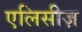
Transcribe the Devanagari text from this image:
एलिसीज़